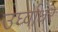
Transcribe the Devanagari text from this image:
उर्घ्वाधर